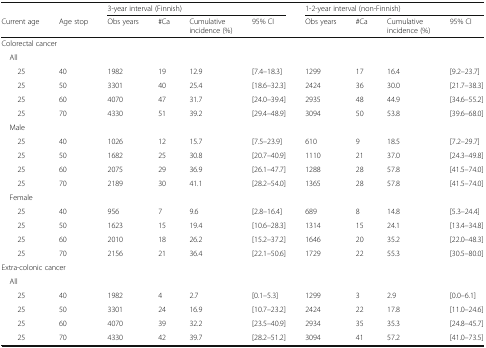
<table><thead><tr><td></td><td></td><td colspan="4"><b>3-year interval (Finnish)</b></td><td colspan="4"><b>1-2-year interval (non-Finnish)</b></td></tr><tr><td><b>Current age</b></td><td><b>Age stop</b></td><td><b>Obs years</b></td><td><b>#Ca</b></td><td><b>Cumulative incidence (%)</b></td><td><b>95% CI</b></td><td><b>Obs years</b></td><td><b>#Ca</b></td><td><b>Cumulative incidence (%)</b></td><td><b>95% CI</b></td></tr></thead><tbody><tr><td colspan="10">Colorectal cancer</td></tr><tr><td colspan="10"> All</td></tr><tr><td>25</td><td>40</td><td>1982</td><td>19</td><td>12.9</td><td>[7.4–18.3]</td><td>1299</td><td>17</td><td>16.4</td><td>[9.2–23.7]</td></tr><tr><td>25</td><td>50</td><td>3301</td><td>40</td><td>25.4</td><td>[18.6–32.3]</td><td>2424</td><td>36</td><td>30.0</td><td>[21.7–38.3]</td></tr><tr><td>25</td><td>60</td><td>4070</td><td>47</td><td>31.7</td><td>[24.0–39.4]</td><td>2935</td><td>48</td><td>44.9</td><td>[34.6–55.2]</td></tr><tr><td>25</td><td>70</td><td>4330</td><td>51</td><td>39.2</td><td>[29.4–48.9]</td><td>3094</td><td>50</td><td>53.8</td><td>[39.6–68.0]</td></tr><tr><td colspan="10"> Male</td></tr><tr><td>25</td><td>40</td><td>1026</td><td>12</td><td>15.7</td><td>[7.5–23.9]</td><td>610</td><td>9</td><td>18.5</td><td>[7.2–29.7]</td></tr><tr><td>25</td><td>50</td><td>1682</td><td>25</td><td>30.8</td><td>[20.7–40.9]</td><td>1110</td><td>21</td><td>37.0</td><td>[24.3–49.8]</td></tr><tr><td>25</td><td>60</td><td>2075</td><td>29</td><td>36.9</td><td>[26.1–47.7]</td><td>1288</td><td>28</td><td>57.8</td><td>[41.5–74.0]</td></tr><tr><td>25</td><td>70</td><td>2189</td><td>30</td><td>41.1</td><td>[28.2–54.0]</td><td>1365</td><td>28</td><td>57.8</td><td>[41.5–74.0]</td></tr><tr><td colspan="10"> Female</td></tr><tr><td>25</td><td>40</td><td>956</td><td>7</td><td>9.6</td><td>[2.8–16.4]</td><td>689</td><td>8</td><td>14.8</td><td>[5.3–24.4]</td></tr><tr><td>25</td><td>50</td><td>1623</td><td>15</td><td>19.4</td><td>[10.6–28.3]</td><td>1314</td><td>15</td><td>24.1</td><td>[13.4–34.8]</td></tr><tr><td>25</td><td>60</td><td>2010</td><td>18</td><td>26.2</td><td>[15.2–37.2]</td><td>1646</td><td>20</td><td>35.2</td><td>[22.0–48.3]</td></tr><tr><td>25</td><td>70</td><td>2156</td><td>21</td><td>36.4</td><td>[22.1–50.6]</td><td>1729</td><td>22</td><td>55.3</td><td>[30.5–80.0]</td></tr><tr><td colspan="10">Extra-colonic cancer</td></tr><tr><td colspan="10"> All</td></tr><tr><td>25</td><td>40</td><td>1982</td><td>4</td><td>2.7</td><td>[0.1–5.3]</td><td>1299</td><td>3</td><td>2.9</td><td>[0.0–6.1]</td></tr><tr><td>25</td><td>50</td><td>3301</td><td>24</td><td>16.9</td><td>[10.7–23.2]</td><td>2424</td><td>22</td><td>17.8</td><td>[11.0–24.6]</td></tr><tr><td>25</td><td>60</td><td>4070</td><td>39</td><td>32.2</td><td>[23.5–40.9]</td><td>2934</td><td>35</td><td>35.3</td><td>[24.8–45.7]</td></tr><tr><td>25</td><td>70</td><td>4330</td><td>42</td><td>39.7</td><td>[28.2–51.2]</td><td>3094</td><td>41</td><td>57.2</td><td>[41.0–73.5]</td></tr></tbody></table>